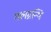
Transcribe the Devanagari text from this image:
गलग्रन्थि